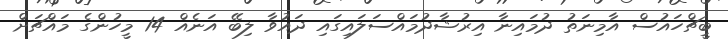
ބީޗްހައުސް އާމިނަތު ދުމައިނާ އިރުޝާދުމައްސަލައިގައި ދައުވާ ލިބޭ އަނެއް 14 މީހުންގެ މައްޗަށް